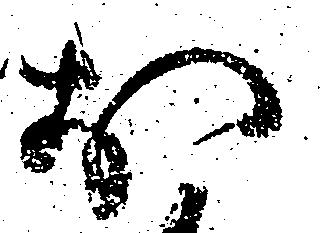
於